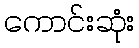
ကောင်းဆုံး